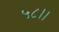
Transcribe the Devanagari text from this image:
५८।।